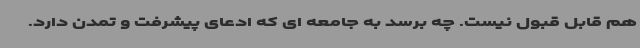
هم قابل قبول نیست. چه برسد به جامعه ای که ادعای پیشرفت و تمدن دارد.